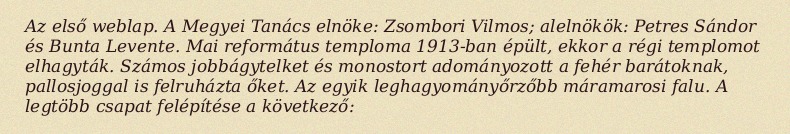
Az első weblap. A Megyei Tanács elnöke: Zsombori Vilmos; alelnökök: Petres Sándor és Bunta Levente. Mai református temploma 1913-ban épült, ekkor a régi templomot elhagyták. Számos jobbágytelket és monostort adományozott a fehér barátoknak, pallosjoggal is felruházta őket. Az egyik leghagyományőrzőbb máramarosi falu. A legtöbb csapat felépítése a következő: